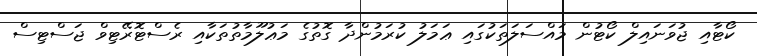
ކޯޓާއި ޖުވަނައިލް ކޯޓުން މައްސަލަތަކުގައި ޢަމަލު ކުރަމުންދާ ގޮތުގެ މަޢުލޫމާތުތަކާއި ރެސްޓޮރޭޓިވް ޖަސްޓިސް